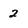
Character: 2